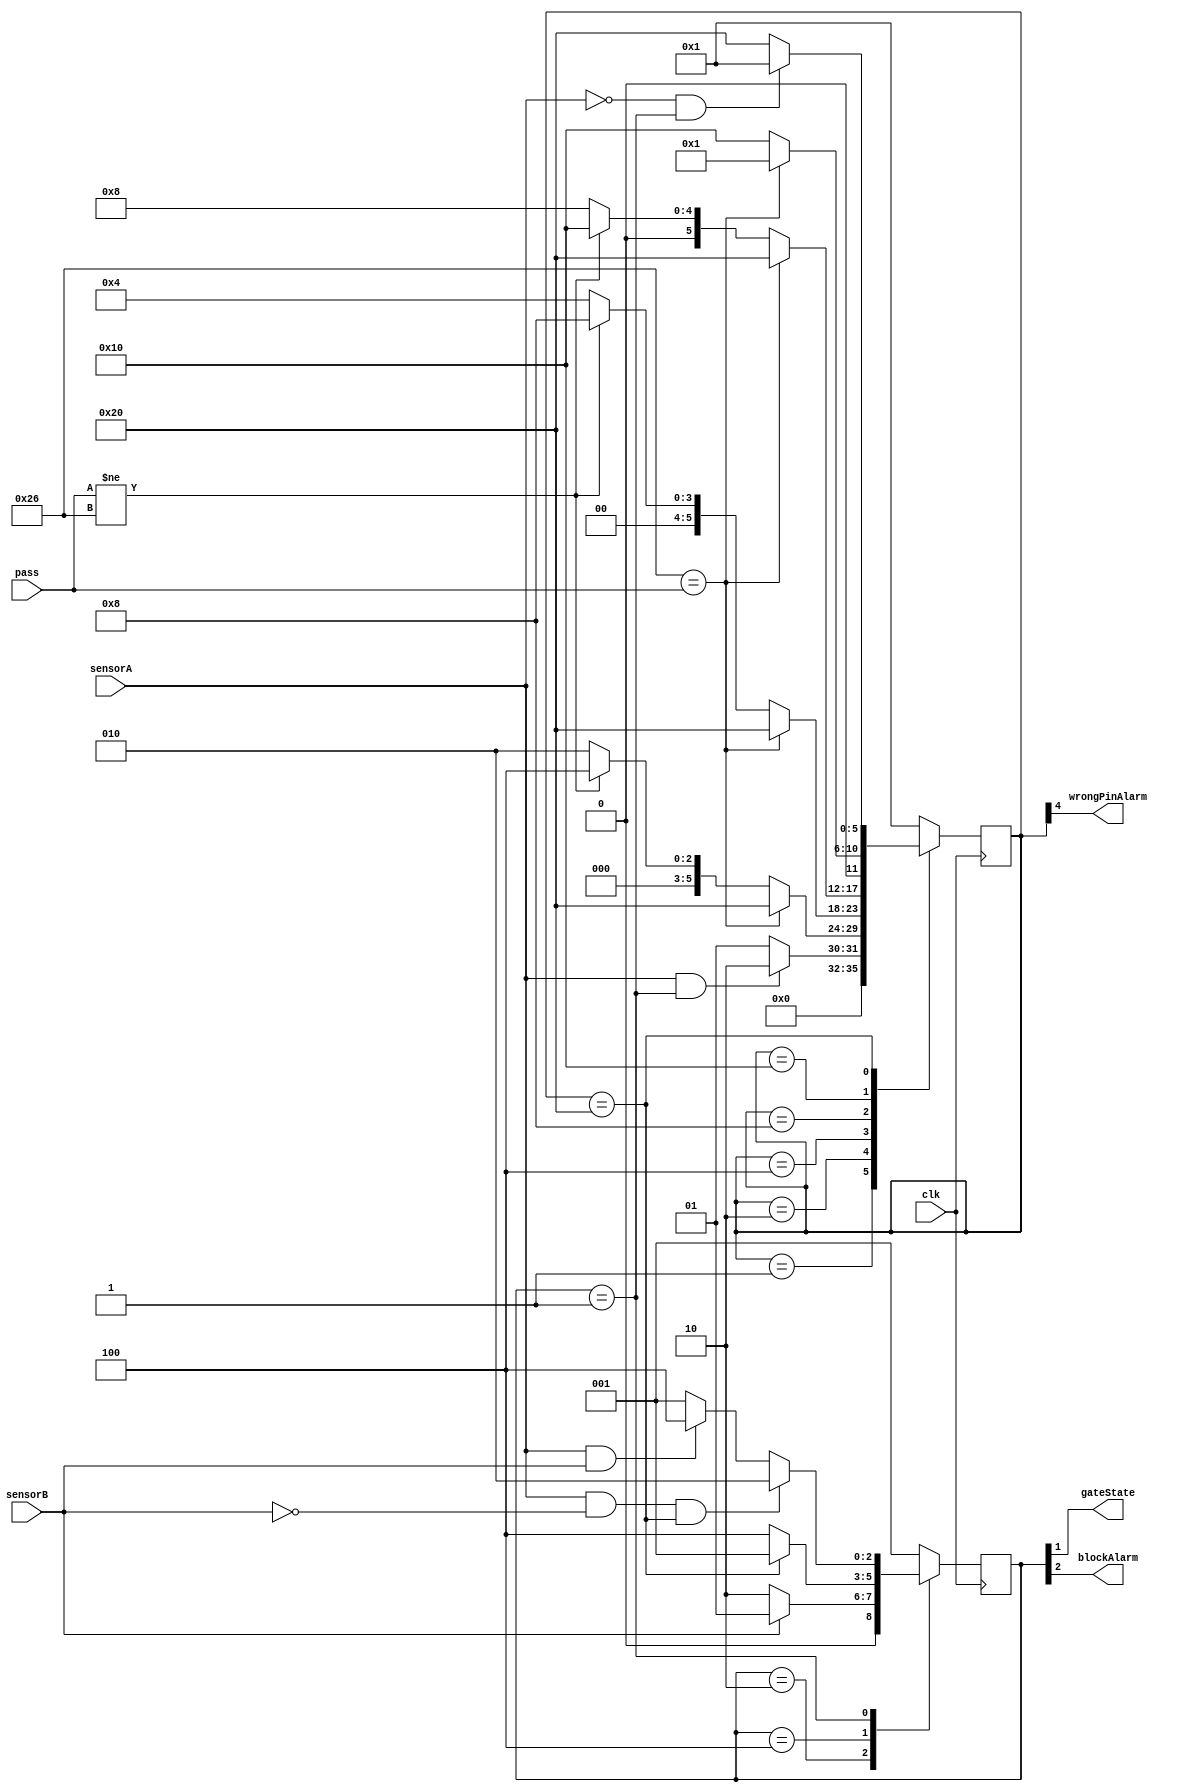
// This program was cloned from: https://github.com/jrpompio/Circuitos-Digitales-II
// License: MIT License

module parkingmanager (
    input wire clk,
    input wire sensorA,
    input wire sensorB,
    input wire [7:0] pass,
    output wire gateState,
    output wire wrongPinAlarm,
    output wire blockAlarm
);

parameter standby =    6'b000001;
parameter carArrived = 6'b000010;
parameter secondTry =  6'b000100;
parameter thirdTry =   6'b001000;
parameter wrongPin =   6'b010000;
parameter rightPin =   6'b100000;

parameter mypass = 8'b00100110;   // B97026: 26 ---> 0010 0110
                                  // 0x26 = 8'b00100110

reg [5:0] state;
reg [5:0] nextState;

// ----------------------------------------------------------------------------
parameter gateClose = 3'b001;
parameter gateOpen = 3'b010;
parameter gateBlock = 3'b100;

reg [2:0] gstate;
reg [2:0] nextGstate;

// ----------------------------------------------------------------------------
// Reemplazando las salidas de reg por su relacin a pines de los estados

assign gateState = gstate[1];    // Estado de la compuerta depende de este bit
assign wrongPinAlarm = state[4]; // Estado de la alarma de pin incorrecto 
                                 // depende de este valor
assign blockAlarm = gstate[2];   // Estado de la alarma de bloqueo
                                 // depende de este bit


initial begin                   // Condiciones iniciales
    state = standby;
    gstate = gateClose;
end

always @(posedge clk) begin     // Cambios por flanco
    state <= nextState;
    gstate <= nextGstate;
end


always @(*) begin               // Cambios secuenciales

    // nextState = state;
    // nextGstate = gstate;

case (state)
    standby: begin
        if (sensorA && gstate == gateClose) begin
             nextState = carArrived;
        end
        else begin
            nextState = standby;
        end
    end
    
    carArrived: begin
        if (mypass == pass) begin
          nextState = rightPin;
        end
        else if (pass != mypass) begin
          nextState = secondTry;
        end
        else begin
          nextState = carArrived;
        end
    end
    
    secondTry: begin
        if (mypass == pass) begin
            nextState = rightPin;
        end
        else if (pass != mypass) begin
            nextState = thirdTry;
        end
        else begin
            nextState = secondTry;
        end
    end

    thirdTry: begin
        if (mypass == pass) begin
            nextState = rightPin;
        end
        else if (pass != mypass) begin
            nextState = wrongPin;
        end
        else begin
            nextState = thirdTry;
        end
    end
    
    wrongPin: begin 
    if (mypass == pass) begin
        nextState = standby;
    end
    else begin
        nextState = wrongPin; 
    end
    end

    rightPin: begin 
    if (~sensorA && gstate == gateClose) begin
        nextState = standby;
    end
    else begin
        nextState = rightPin;
    end
    end

    default:begin
        nextState = standby;
    end
endcase


case (gstate)
    gateOpen: begin
      if (sensorB) begin
        nextGstate = gateClose;
      end
      else begin
        nextGstate = gateOpen;
      end
    end

    gateBlock: begin
        if (state == rightPin) begin
            nextGstate = gateClose;
        end
        else begin
            nextGstate = gateBlock; 
        end
    end

    gateClose: 
    begin
      if (sensorA && ~sensorB && state == rightPin) begin
      nextGstate = gateOpen;
      end
      else if (sensorA && sensorB) begin
      nextGstate = gateBlock;
      end
      else begin
      nextGstate = gateClose;
      end
    end
    default: begin
        nextGstate = gateClose;
    end
endcase

end

endmodule